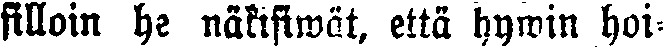
silloin he näkisiwät, että hywin hoi-